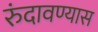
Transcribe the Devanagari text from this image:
रुंदावण्यास